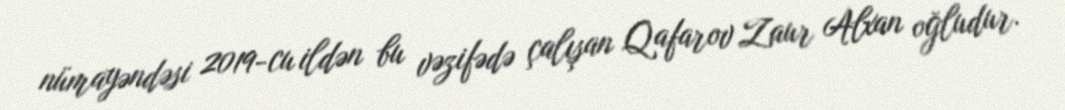
nümayəndəsi 2019-cu ildən bu vəzifədə çalışan Qafarov Zaur Alxan oğludur.